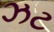
ઝટ